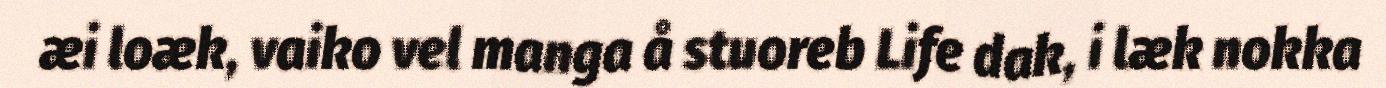
æi loæk, vaiko vel manga å stuoreb Life dak, i læk nokka